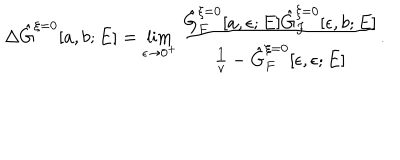
LaTeX: \Delta \hat { G } ^ { \xi = 0 } [ a , b ; E ] = \lim _ { \epsilon \rightarrow 0 ^ { + } } \frac { \hat { G } _ { F } ^ { \xi = 0 } [ a , \epsilon ; E ] \hat { G } _ { F } ^ { \xi = 0 } [ \epsilon , b ; E ] } { \frac { 1 } { v } - \hat { G } _ { F } ^ { \xi = 0 } [ \epsilon , \epsilon ; E ] } .